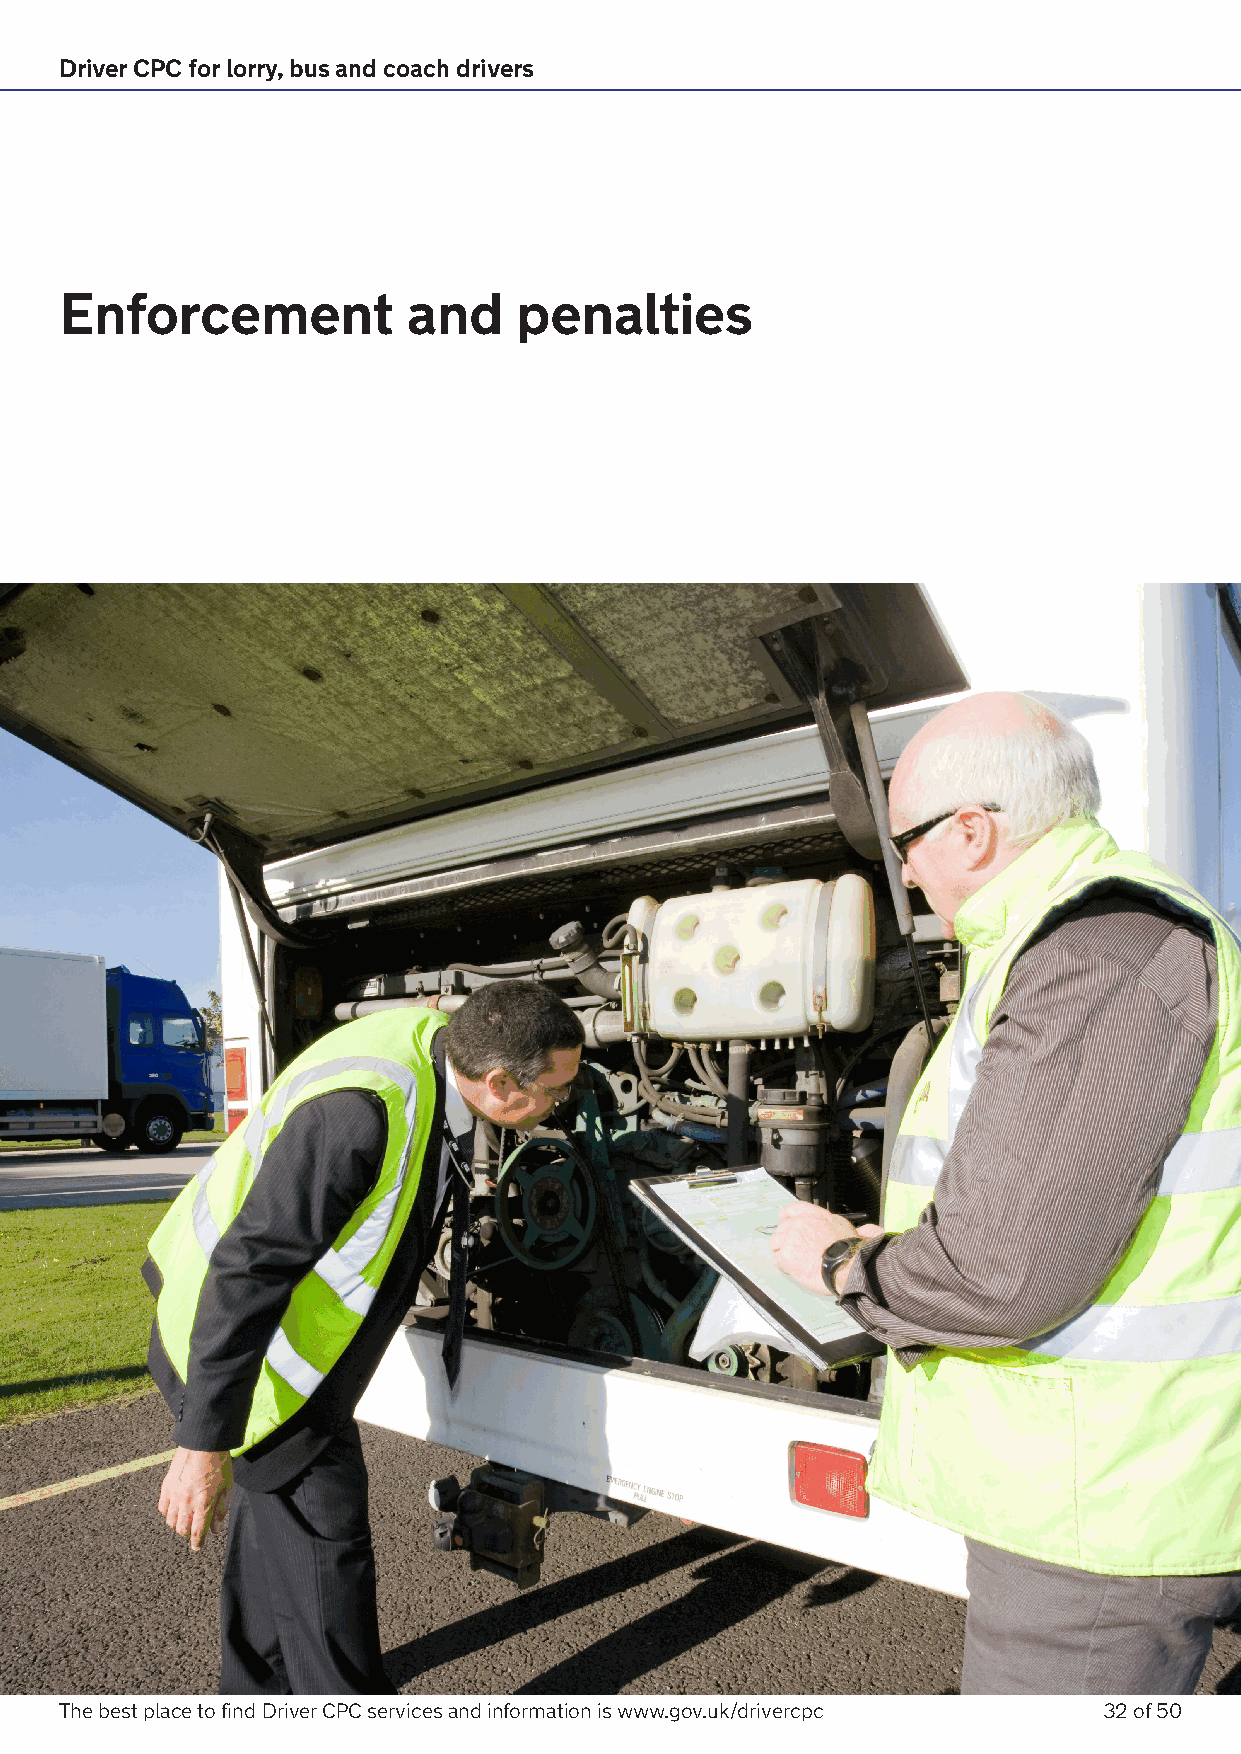
Driver CPC for lorry, bus and coach drivers
 Enforcement            and    penalties
 The best place to find Driver CPC services and information is www.gov.uk/drivercpc 32 of 50